Annual report of the Imperial Bacteriologist
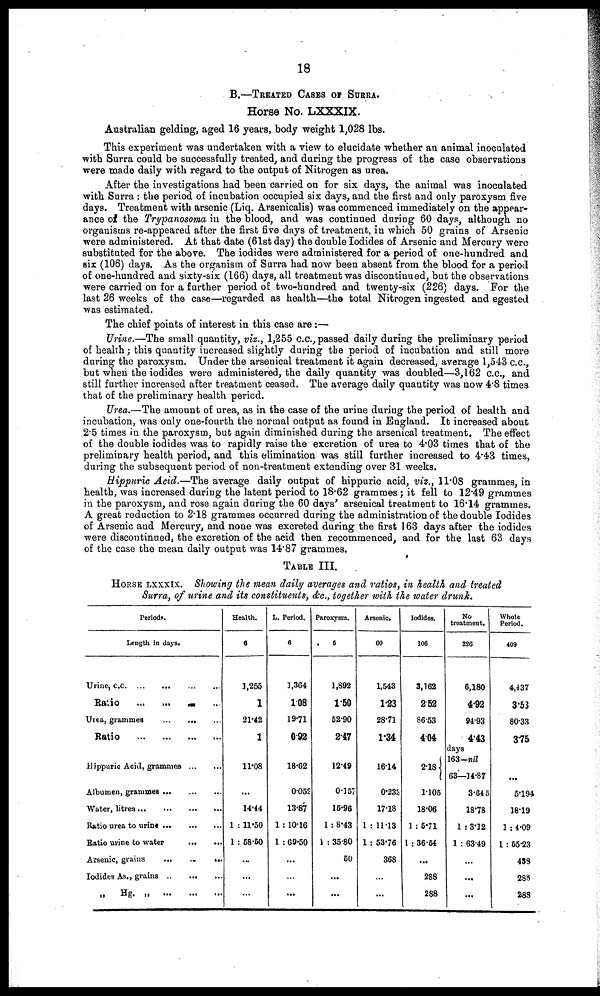
18
B.—TREATED CASES OF SURRA.
Horse No. LXXXIX.
Australian gelding, aged 16 years, body weight 1,028 lbs.
This experiment was undertaken with a view to elucidate whether an animal inoculated
with Surra could be successfully treated, and during the progress of the case observations
were made daily with regard to the output of Nitrogen as urea.
After the investigations had been carried on for six days, the animal was inoculated
with Surra : the period of incubation occupied six days, and the first and only paroxysm five
days. Treatment with arsenic (Liq. Arsenicalis) was commenced immediately on the appear-
ance of the Trypanosoma in the blood, and was continued during 60 days, although no
organisms re-appeared after the first five days of treatment, in which 50 grains of Arsenic
were administered. At that date (61st day) the double Iodides of Arsenic and Mercury were
substituted for the above. The iodides were administered for a period of one-hundred and
six (106) days. As the organism of Surra had now been absent from the blood for a period
of one-hundred and sixty-six (166) days, all treatment was discontinued, but the observations
were carried on for a further period of two-hundred and twenty-six (226) days. For the
last 26 weeks of the case—regarded as health—the total Nitrogen ingested and egested
was estimated.
The chief points of interest in this case are:—
Urine.—The small quantity, viz., 1,255 c.c., passed daily during the preliminary period
of health; this quantity increased slightly during the period of incubation and still more
during the paroxysm. Under the arsenical treatment it again decreased, average 1,543 c.c.,
but when the iodides were administered, the daily quantity was doubled—3,162 c.c., and
still further increased after treatment ceased. The average daily quantity was now 4.8 times
that of the preliminary health period.
Urea.—The amount of urea, as in the case of the urine during the period of health and
incubation, was only one-fourth the normal output as found in England. It increased about
2.5 times in the paroxysm, but again diminished during the arsenical treatment. The effect
of the double iodides was to rapidly raise the excretion of urea to 4.03 times that of the
preliminary health period, and this elimination was still further increased to 4.43 times,
during the subsequent period of non-treatment extending over 31 weeks.
Hippuric Acid.—The average daily output of hippuric acid, viz., 11.08 grammes, in
health, was increased during the latent period to 18.62 grammes; it fell to 12.49 grammes
in the paroxysm, and rose again during the 60 days' arsenical treatment to 16.14 grammes.
A great reduction to 2.18 grammes occurred during the administration of the double Iodides
of Arsenic and Mercury, and none was excreted during the first 163 days after the iodides
were discontinued, the excretion of the acid then recommenced, and for the last 63 days
of the case the mean daily output was 14.87 grammes.
TABLE III.
HORSE LXXXIX. Showing the mean daily averages and ratios, in health and treated
Surra, of urine and its constituents, &c., together with the water drunk.
Periods.
Length in days.
Urine, c.c
Ratio
...
Urea, grammes
Ratio
Hippuric Acid, grammes
Albumen, grammes
Water, litres
Ratio urea to urine
Ratio urine to water
...
...
Arsenic, grains
...
...
...
Iodides As., grains
„
Hg
Health.
6
1,255
1
21.42
1
11.08
...
14.44
1 :11.50
1 : 58.50
...
...
...
L. Period.
6
1,364
1.08
19.71
0.92
18.62
0.052
13.87
1: 10.16
1 :69.50
...
...
Paroxysm.
5
1,892
1.50
52.90
2.47
12.49
0.157
15.96
1 : 8.43
1 : 35.80
50
...
...
Arsenic.
60
1,543
1.23
28.71
1.34
16.14
0.233
17.18
1 : 11.13
1: 53.76
368
...
...
Iodides.
106
3,162
2.52
86.53
4.04
2.18{
1.105
18.06
1 : 5.71
1 : 36.54
...
288
288
No
treatment.
226
6,180
4.92
94.93
4.43
days
163-nil
63—14.87
3.645
18.78
1 : 3.12
1 : 63.49
...
...
...
Whole
Period.
409
4,437
3.53
80.33
3.75
5.194
18.19
1 : 4.09
1 : 55.23
438
288
288